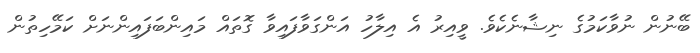
ބޭނުން ނުވާކަމުގެ ނިޝާނެކެވެ. ވީއިރު އެ އިލާހު އަންގަވާފައިވާ ގޮތައް މައިންބަފައިންނަށް ކަމޭހިތުން